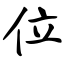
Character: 位